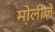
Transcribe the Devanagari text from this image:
मोलीज़े